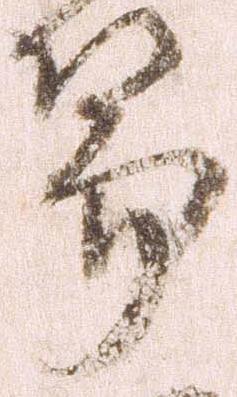
篇